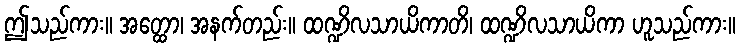
ဤသည်ကား။ အတ္ထော၊ အနက်တည်း။ ထဏ္ဍိလသာယိကာတိ၊ ထဏ္ဍိလသာယိကာ ဟူသည်ကား။